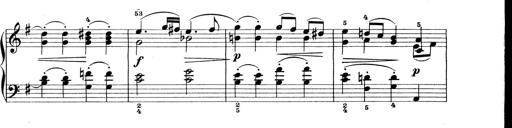
Title: Preis-Sonatine
Composer: Ernst James Bremner